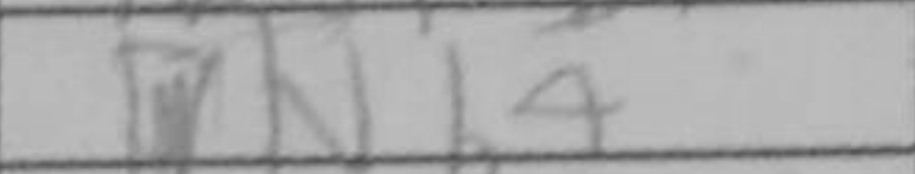
Transcription: Nb4